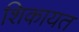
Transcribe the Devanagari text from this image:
शिकायत